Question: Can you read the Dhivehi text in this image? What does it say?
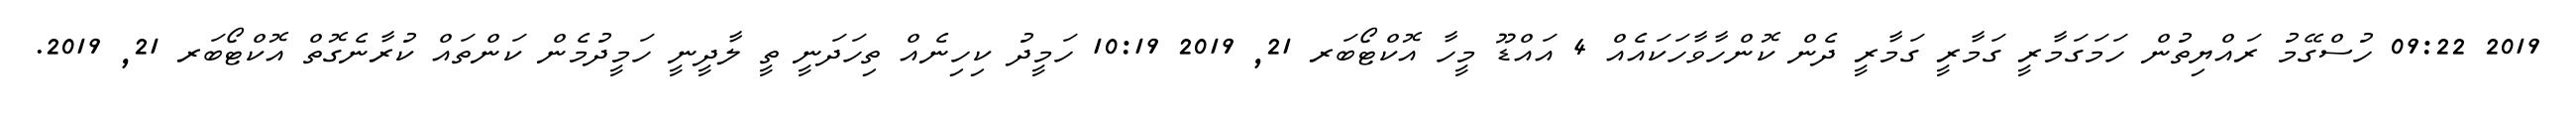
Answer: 2019 09:22 ހުސްގޭމު ރައްޔިތުން ހަމަގަމާރީ ގަމާރީ ގަމާރީ ދެން ކޮންހާވާހަކައެއް 4 އައްޑޫ މީހާ އޮކްޓޯބަރ 21, 2019 10:19 ހަމީދު ކިހިނެއް ތިހަދަނީ ތީ ލާދީނީ ހަމީދުމެން ކަންތައް ކުރާނެގޮތް އޮކްޓޯބަރ 21, 2019.